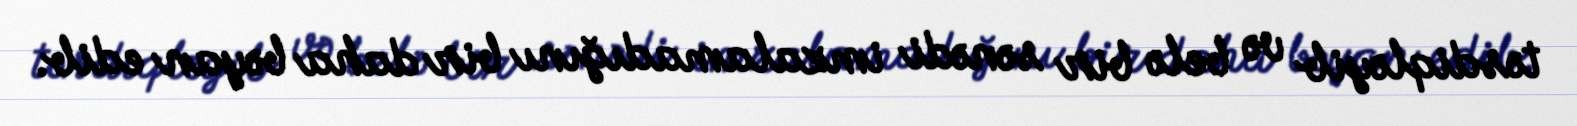
təsdiqləyib və belə bir sənədi imzalamadığını bir daha bəyan edib.